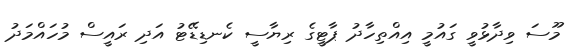
މޫސަ ވިދާޅުވީ ގައުމީ އިއްތިހާދު ޕާޓީގެ ރިޔާސީ ކެނޑިޑޭޓު އަދި ރައީސް މުހައްމަދު